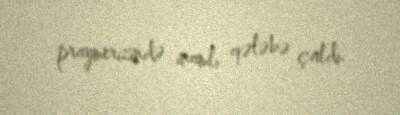
praymerizində inamlı qələbə çaldı.